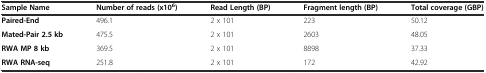
<table><thead><tr><td><b>Sample Name</b></td><td><b>Number of reads (x10<sup>6</sup>)</b></td><td><b>Read Length (BP)</b></td><td><b>Fragment length (BP)</b></td><td><b>Total coverage (GBP)</b></td></tr></thead><tbody><tr><td><b>Paired-End</b></td><td>496.1</td><td>2 x 101</td><td>223</td><td>50.12</td></tr><tr><td><b>Mated-Pair 2.5 kb</b></td><td>475.5</td><td>2 x 101</td><td>2603</td><td>48.05</td></tr><tr><td><b>RWA MP 8 kb</b></td><td>369.5</td><td>2 x 101</td><td>8898</td><td>37.33</td></tr><tr><td><b>RWA RNA-seq</b></td><td>251.8</td><td>2 x 101</td><td>172</td><td>42.92</td></tr></tbody></table>